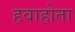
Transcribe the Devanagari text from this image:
हवाहोता